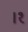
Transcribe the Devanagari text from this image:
।१